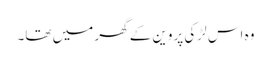
وہ اس لڑکی پروین کے گھر میں تھا۔